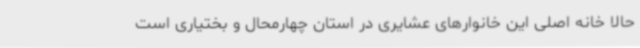
حالا خانه اصلی این خانوارهای عشایری در استان چهارمحال و بختیاری است